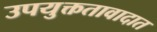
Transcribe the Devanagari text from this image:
उपयुक्ततावादात